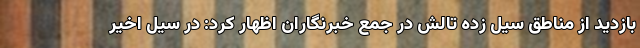
بازدید از مناطق سیل زده تالش در جمع خبرنگاران اظهار کرد: در سیل اخیر